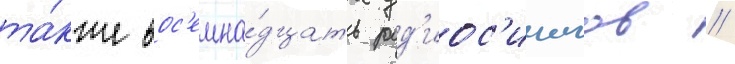
та́кже вос'емна́дцать рад'иос'инглов //